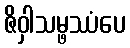
ဇိဝှါသမ္ဖဿံပေ